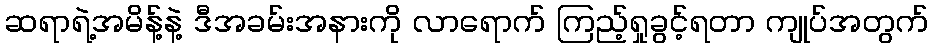
ဆရာရဲ့အမိန့်နဲ့ ဒီအခမ်းအနားကို လာရောက် ကြည့်ရှုခွင့်ရတာ ကျုပ်အတွက်